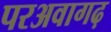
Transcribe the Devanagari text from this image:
परअवागढ़